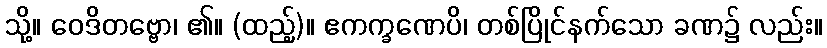
သို့။ ဝေဒိတဗ္ဗော၊ ၏။ (ထည့်)။ ဧကက္ခဏေပိ၊ တစ်ပြိုင်နက်သော ခဏ၌ လည်း။